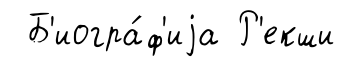
Б'иогра́ф'иjа Р'екши